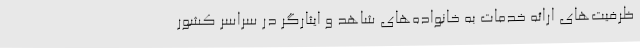
ظرفیت‌های ارائه خدمات به خانواده‌های شاهد و ایثارگر در سراسر کشور